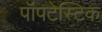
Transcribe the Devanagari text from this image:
पॉपटेस्टिक